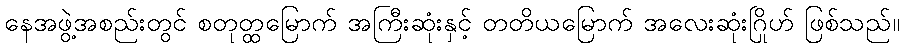
နေအဖွဲ့အစည်းတွင် စတုတ္ထမြောက် အကြီးဆုံးနှင့် တတိယမြောက် အလေးဆုံးဂြိုဟ် ဖြစ်သည်။